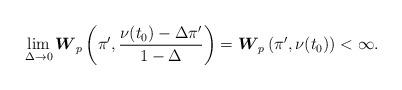
LaTeX: \begin{align*}\lim_{\Delta \rightarrow 0}\boldsymbol{W}_{p}\left( \pi^\prime , \frac{ \nu(t_0) - \Delta \pi^\prime }{1- \Delta} \right) = \boldsymbol{W}_{p}\left( \pi^\prime , \nu(t_0) \right) < \infty.\end{align*}